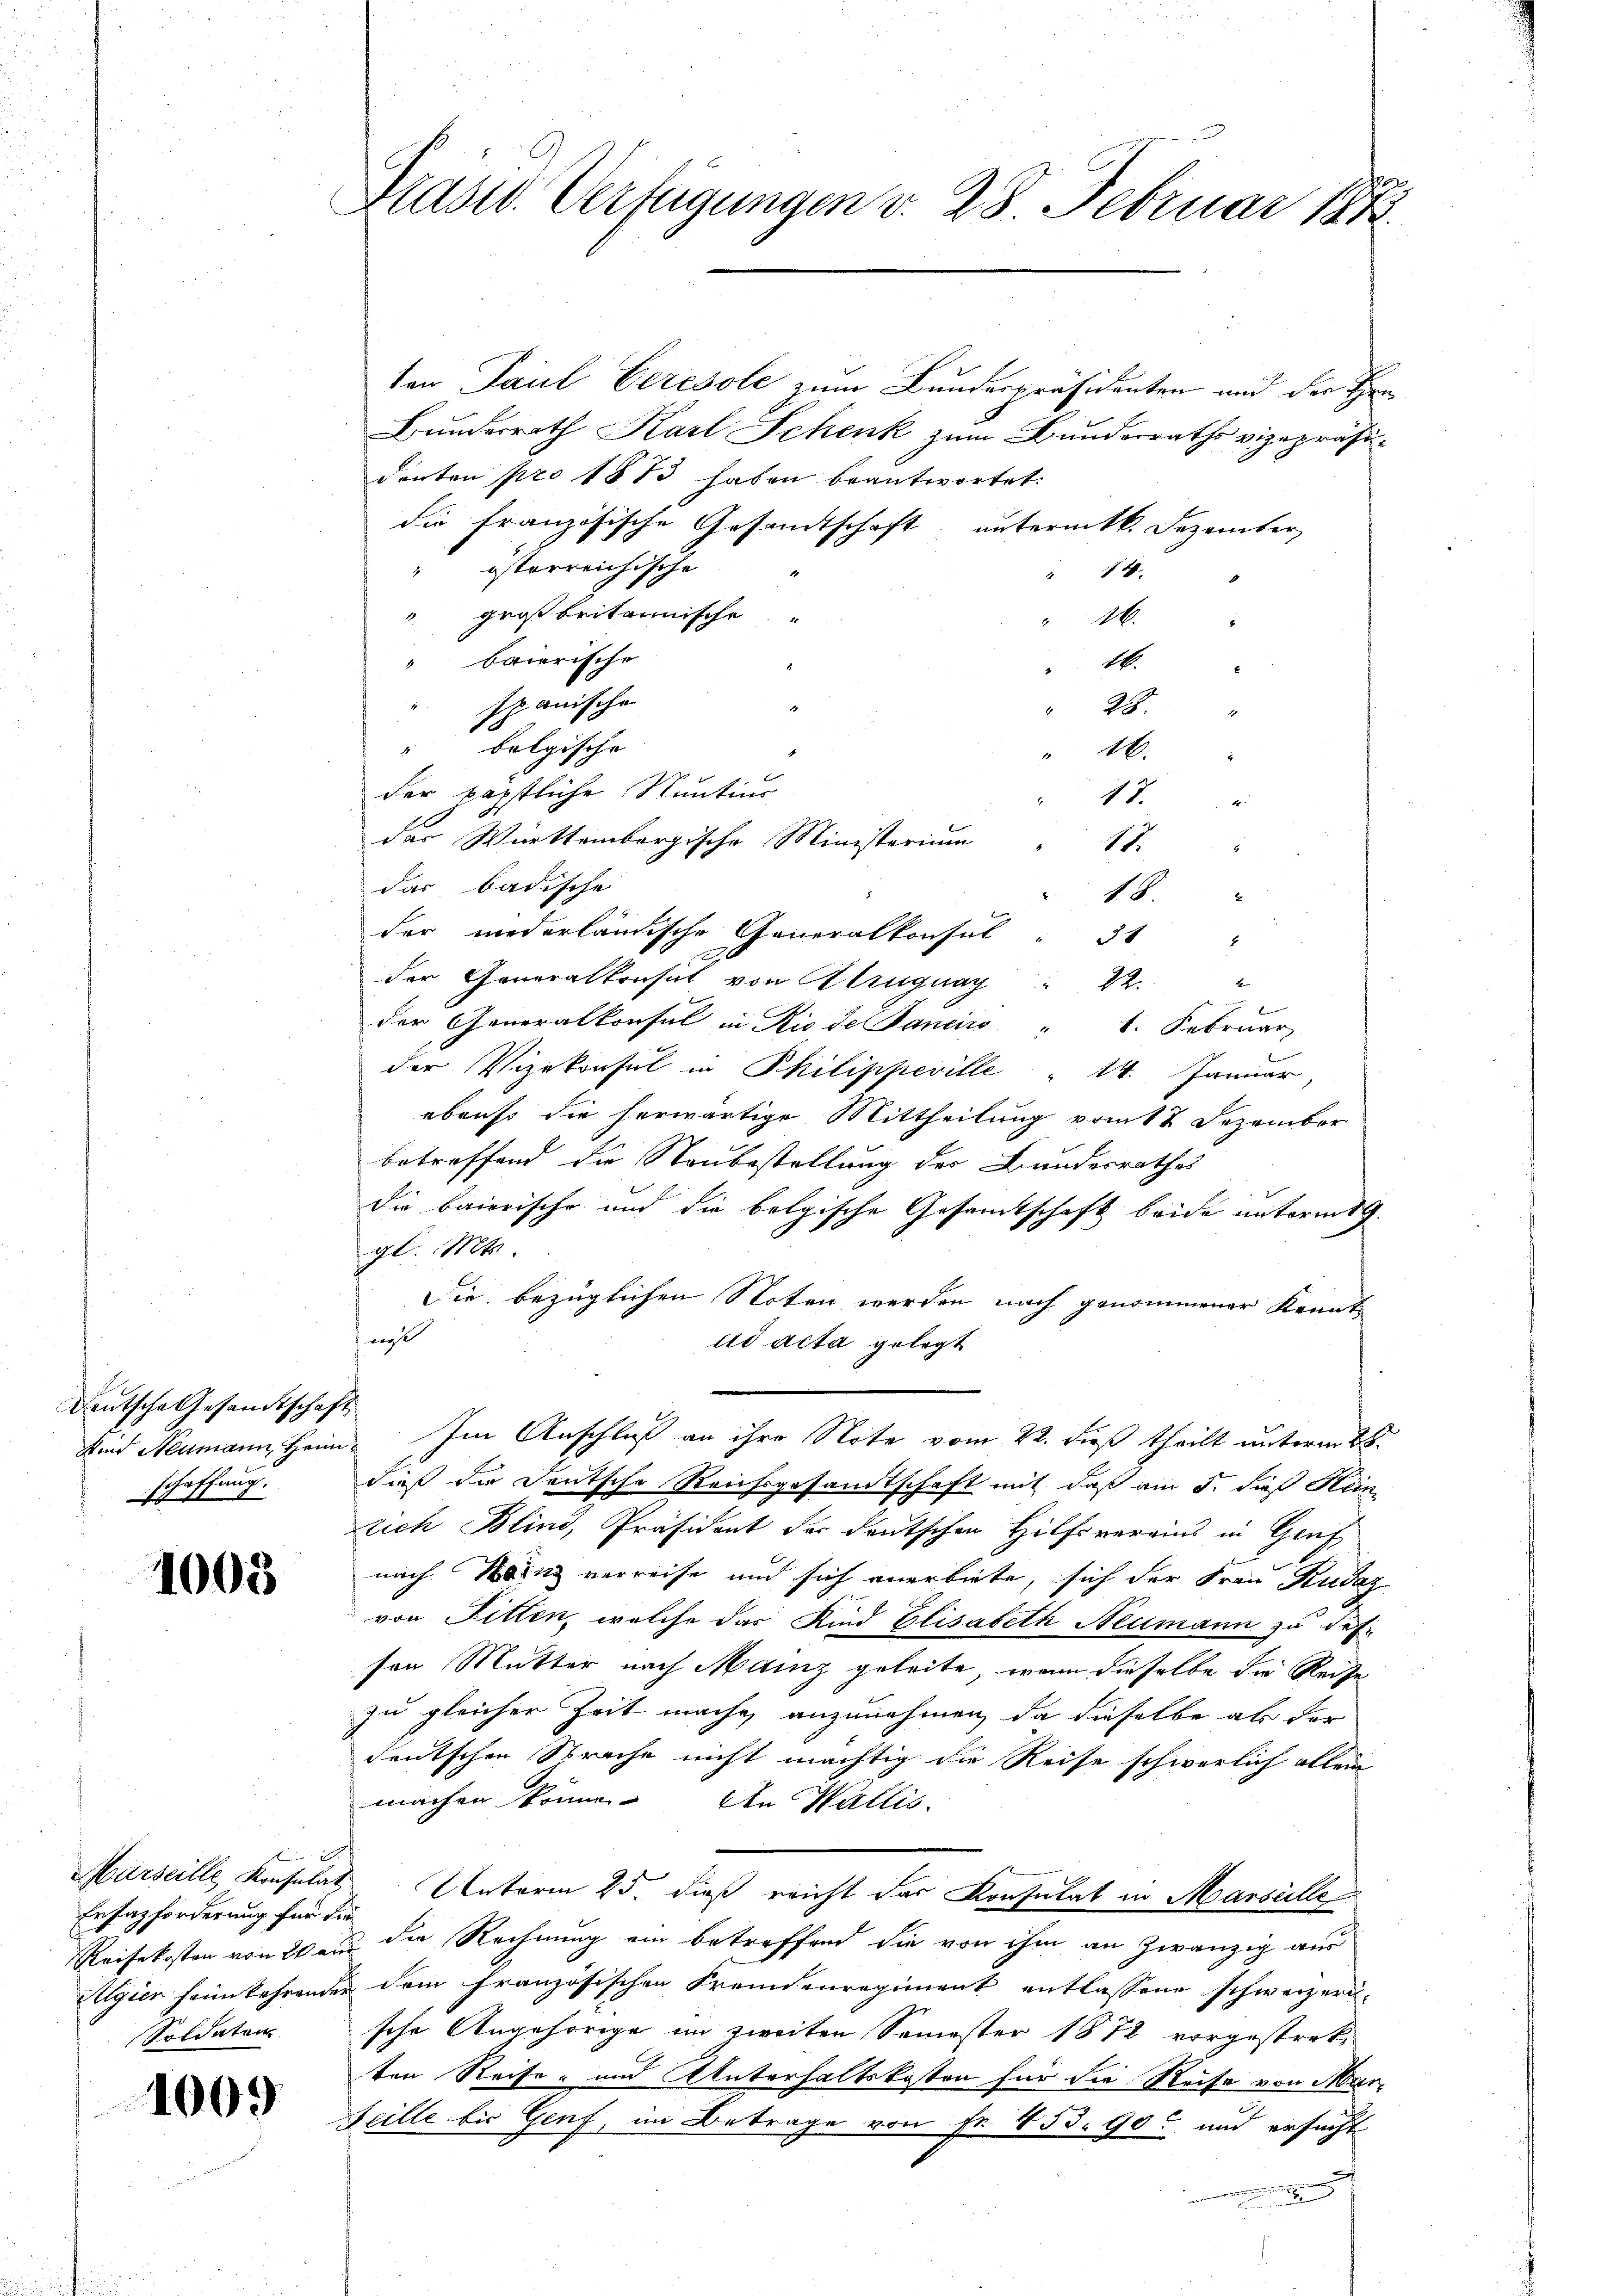
Deutsche Gesandtschaft
schaffung.

1008

Ersatzforderung für die
Soldaten

1009

Präsid. Verfügungen v. 28. Februar 1873.

ten Paul Ceresole zum Bundespräsidenten und der Hrn
Bundesrath Karl Schenk zum Bundesraths vizepräsiderten pro 1873 haben beantwortet.
die französische Gesandtschaft, untermitt. Dezemter,
 österreichische
 14
 großbritannische
26.
" baierische
16.
Itanische
28.
belgische
46.
der päpstliche Sentius
17
das Württembergische Ministerium
das badische
der mederländische Generalkonsul
3
x
der Generalkonsich von Struguay " 22.
2
der Generalkonsul in Rio de Pancin " 1. Februar
der Vizekonsul in Philippeville " 14. Januar,
ebenso die herwärtige Mittheilung vom 17 Dezember
betreffend die Neubestellung der Bundesrathes
die baierische und die belgische Gesamtschaft beide unterm 19.
gl. Mts.
Die bezüglichen Noten werden nach genommener Kennta
ud acta gelegt
Sind Neumann Heim. Im Anschluß an ihre Note vom 22. dieß theilt unterm 28.
dieß die Deutsche Reichsgesandtschaft mit, daß am 5. dieß Hein
tich Blind, Präsident der deutschen Hilfsverains in Genf
nach Binz verreise und sich anerbiete, sich der Frau Kudaz
von Litten, welche das Kind Elisabeth Neumann zu def
son Mutter nach Mainz geleite, wenn dieselbe die Reise
zu gleicher Zeit mache anzunehmen, da dieselbe als der
deutschen Sprache nicht mächtig die Reise schwerlich allein
machen könne. An Wallis
Marseille Konsulat Unterm 25. dieß reicht das Konsulat in Marseille
Reisekosten von Wand die Rechnung ein betreffend die von ihm an zwanzig aus
Kelgier heimkehrenden dem französischen Freundenregiment entlassene schweizeri-
sche Angehörige im zweiten Semester 1872 vorgestratten Reise- und Unterhaltskosten für die Reise von Mar¬
Scille bis Genf, im Betrage von Fr. 453. 90 und ersucht
i

17
18.